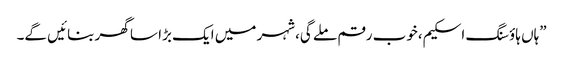
”ہاں ہاؤسنگ اسکیم،خوب رقم ملے گی،شہر میں ایک بڑا سا گھر بنائیں گے۔